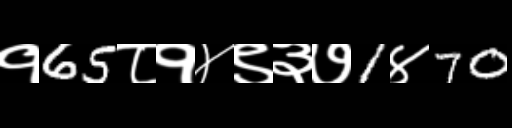
Text: १65८१४९३७1४70